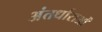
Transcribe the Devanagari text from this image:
अंतर्धाराओं